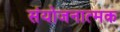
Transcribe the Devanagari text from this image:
संयोजनात्मक